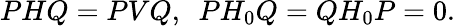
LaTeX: PHQ=PVQ,\, \, \, PH_{0}Q=QH_{0}P=0.